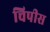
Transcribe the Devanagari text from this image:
चिपीस